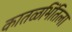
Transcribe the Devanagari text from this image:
कातळभिंतिला